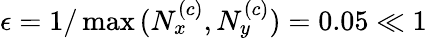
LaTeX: \epsilon=1/\operatorname*{max}{(N_{x}^{\left(c\right)},N_{y}^{\left(c\right)})}=0.05\ll 1